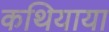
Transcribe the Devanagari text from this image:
कथियाया